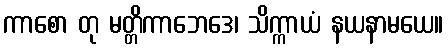
ကာစော တု မတ္တိကာဘေဒေ၊ သိက္ကာယံ နယနာမယေ။